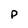
Character: p